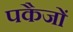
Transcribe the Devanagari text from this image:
पकैजों